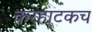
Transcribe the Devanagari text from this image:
करहाटकच